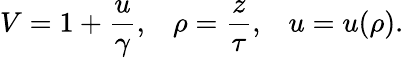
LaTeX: V=1+{\frac{u}{\gamma}},\; \; \; \rho={\frac{z}{\tau}},\; \; \; u=u(\rho).